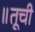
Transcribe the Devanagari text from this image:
॥तूची